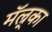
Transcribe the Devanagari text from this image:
मॅल्र्का